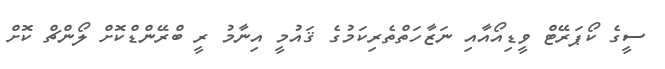
ސީގެ ކޯޕަރޭޓް ވީޑިއޯއާއި ނަޒާހަތްތެރިކަމުގެ ޤައުމީ އިނާމު ރީ ބްރޭންޑްކޮށް ލޯންޗް ކޮށް